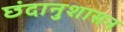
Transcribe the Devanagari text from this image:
छंदानुशासन